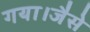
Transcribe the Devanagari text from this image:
गया।जैसे